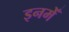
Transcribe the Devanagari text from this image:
इनमेँ